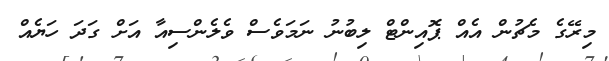
މިރޭގެ މެޗުން އެއް ޕޮއިންޓް ލިބުނު ނަމަވެސް ވެލެންސިއާ އަށް ގަދަ ހަޔެއް